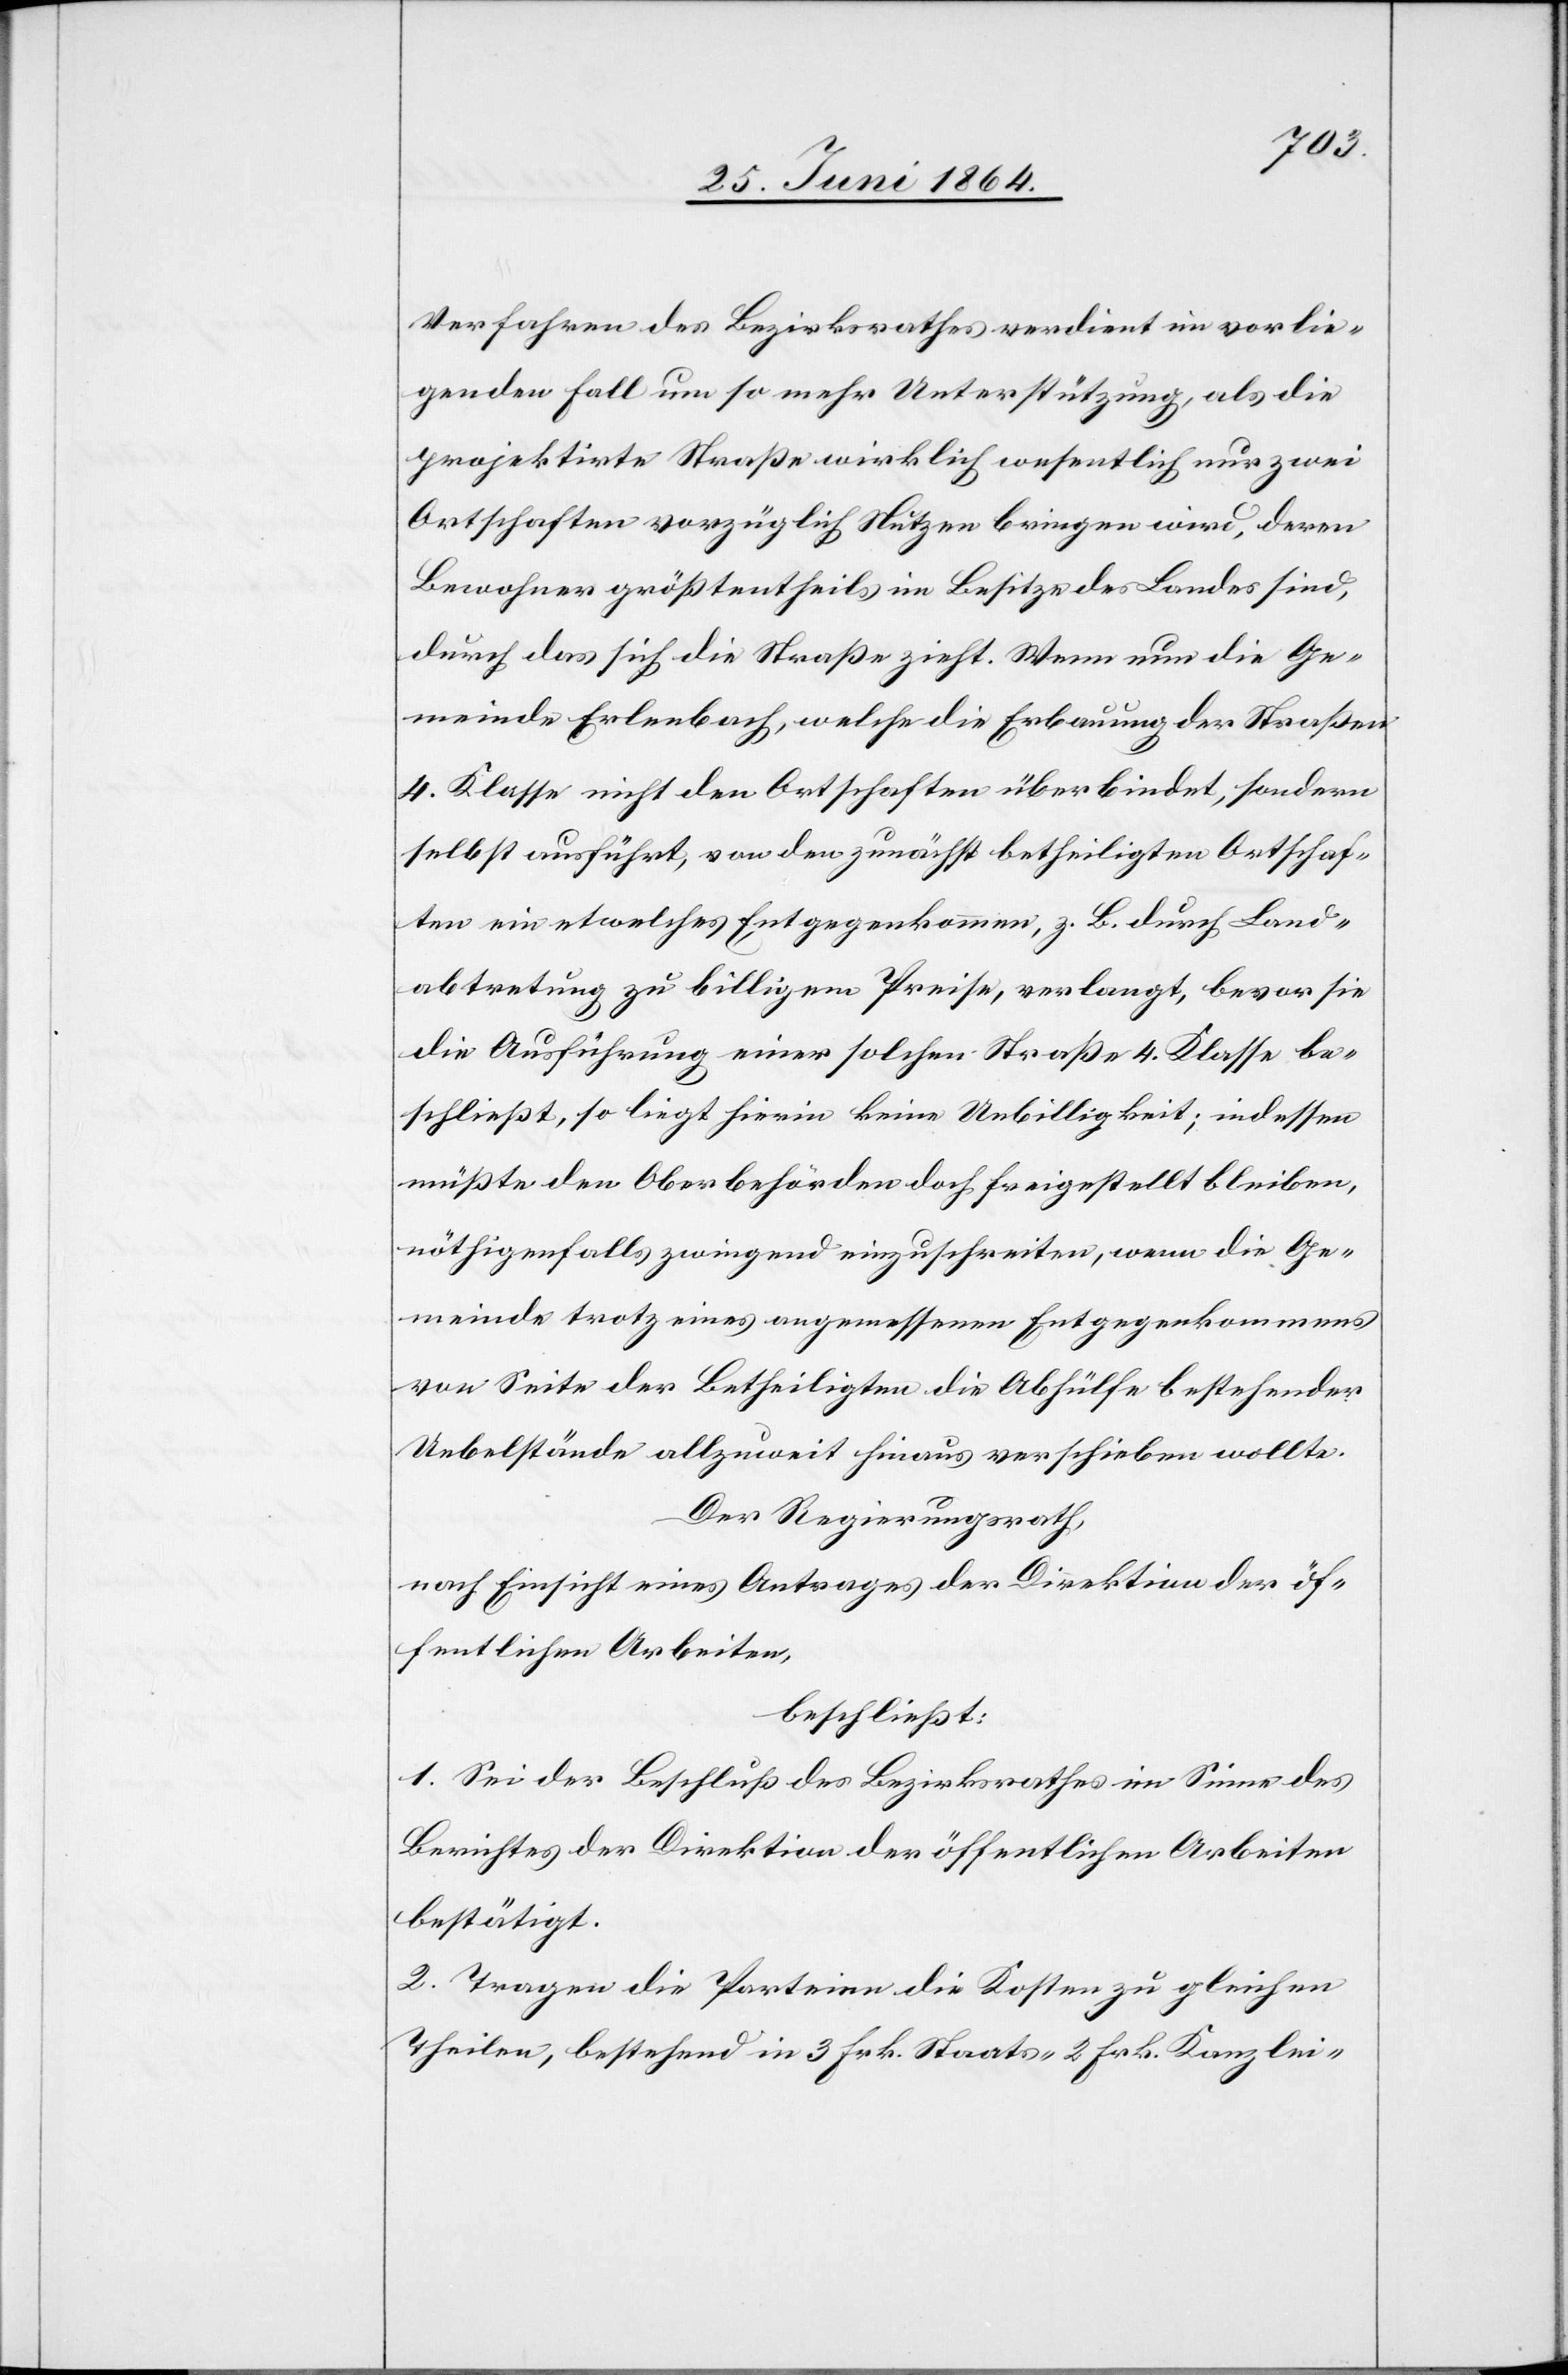
Verfahren des Bezirksrathes verdient im vorlie¬
genden Fall um so mehr Unterstützung, als die
projektirte Straße wirklich wesentlich nur zwei
Ortschaften vorzüglich Nutzen bringen wird, deren
Bewohner größtentheils im Besitze des Landes sind,
durch das sich die Straße zieht. Wenn nun die Ge¬
meinde Erlenbach, welche die Erbauung der Straßen
4. Klasse nicht den Ortschaften überbindet, sondern
selbst ausführt, von den zunächst betheiligten Ortschaf¬
ten ein etwelches Entgegenkommen, z. B. durch Land¬
abtretung zu billigem Preise, verlangt, bevor sie
die Ausführung einer solchen Straße 4. Klasse be¬
schließt, so liegt hierin keine Unbilligkeit; indessen
müßte den Oberbehörden doch freigestellt bleiben,
nöthigenfalls zwingend einzuschreiten, wenn die Ge¬
meinde trotz eines angemessenen Entgegenkommens
von Seite der Betheiligten die Abhülfe bestehender
Uebelstände allzuweit hinaus verschieben wollte.
Der Regierungsrath,
nach Einsicht eines Antrages der Direktion der öf¬
fentlichen Arbeiten,
beschließt:
1. Sei der Beschluß des Bezirksrathes im Sinne des
Berichtes der Direktion der öffentlichen Arbeiten
bestätigt.
2. Tragen die Parteien die Kosten zu gleichen
Theilen, bestehend in 3 Frk. Staats-[,] 2 Frk. Kanzlei-